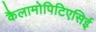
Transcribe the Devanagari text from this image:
कैलामोपिटिएसिई